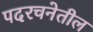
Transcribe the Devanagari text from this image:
पदरचनेतील